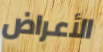
الأعراض